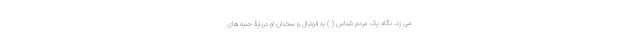
می زد. نگاه یک مردم شناس ( ) به فوتبال و سخنان او دربارۀ جنبه های